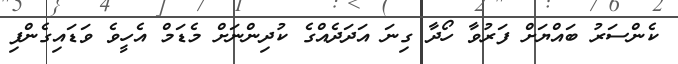
ކެންސަރު ބައްޔަށް ފަރުވާ ހޯދާ ގިނަ އަދަދެއްގެ ކުދިންނަށް މެޑަމް އެހީވެ ވަޑައިގެންފި